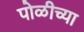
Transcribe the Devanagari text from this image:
पोळीच्या